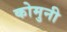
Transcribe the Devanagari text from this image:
कोमुनी